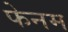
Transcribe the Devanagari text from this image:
फेनम